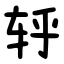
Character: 轷